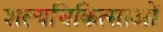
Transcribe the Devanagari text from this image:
शल्यचिकित्साओं